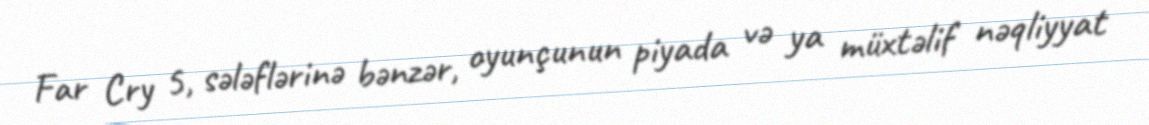
Far Cry 5, sələflərinə bənzər, oyunçunun piyada və ya müxtəlif nəqliyyat